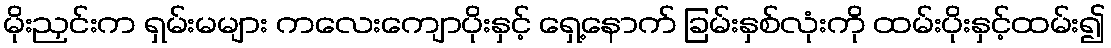
မိုးညှင်းက ရှမ်းမများ ကလေးကျောပိုးနှင့် ရှေ့နောက် ခြမ်းနှစ်လုံးကို ထမ်းပိုးနှင့်ထမ်း၍